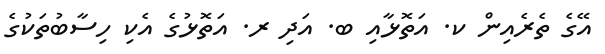
އޭގެ ތެރެއިން ކ. އަތޮޅާއި ބ. އަދި ރ. އަތޮޅުގެ އެކި ހިސާބުތަކުގެ